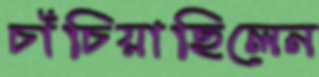
চাঁচিয়াছিলেন